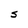
Character: S